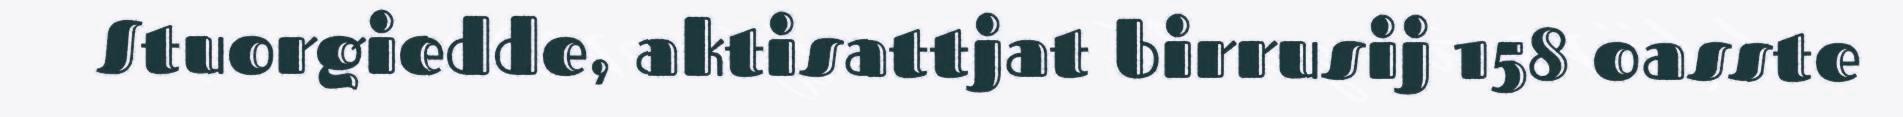
Stuorgiedde, aktisattjat birrusij 158 oasste